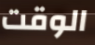
الوقت